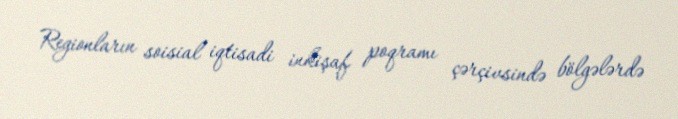
Regionların soisial iqtisadi inkişaf poqramı çərçivsində bölgələrdə